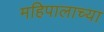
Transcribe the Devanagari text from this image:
महिपालाच्या